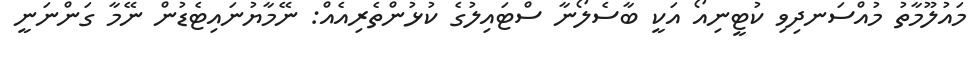
މައުލޫމާތު މުއްސަނދިވި ކުޓީނިއޯ އަކީ ބާސެލޯނާ ސްޓައިލުގެ ކުޅުންތެރިއެއް: ނޭމާޔުނައިޓެޑުން ނޭމާ ގަންނަނީ